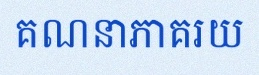
គណនាភាគរយ